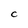
Character: C